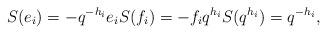
LaTeX: \begin{align*}S(e_i) = - q^{-h_i}e_i S(f_i) = - f_iq^{h_i} S(q^{h_i}) = q^{-h_i},\end{align*}